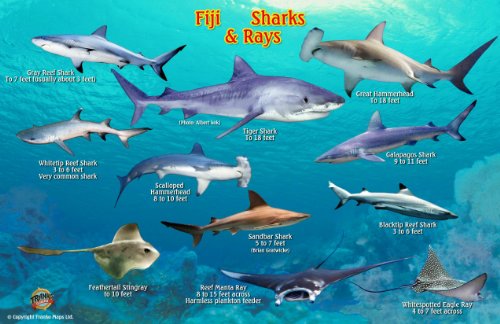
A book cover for Fiji Sharks & Rays Guide Franko Maps Laminated Fish Card; Franko Maps Ltd.; Travel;